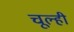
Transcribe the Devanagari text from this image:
चूल्ही